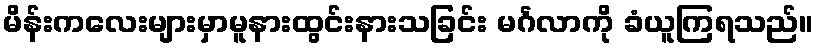
မိန်းကလေးများမှာမူနားထွင်းနားသခြင်း မင်္ဂလာကို ခံယူကြရသည်။